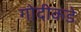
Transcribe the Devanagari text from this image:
गोदीकडे